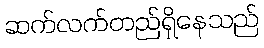
ဆက်လက်တည်ရှိနေသည်